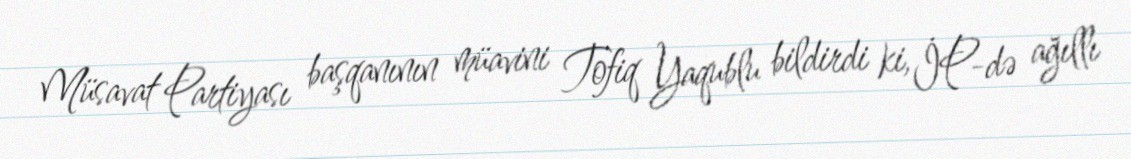
Müsavat Partiyası başqanının müavini Tofiq Yaqublu bildirdi ki, İP-də ağıllı